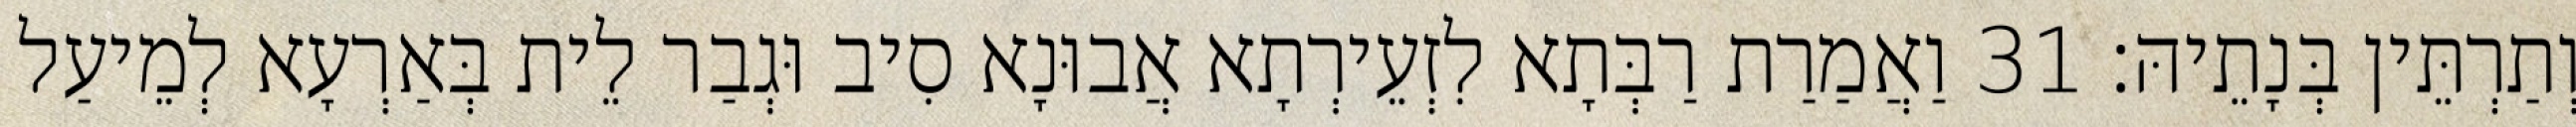
וְתַרְתֵּין בְּנָתֵיהּ׃ 31 וַאֲמַרַת רַבְּתָא לִזְעֵירְתָא אֲבוּנָא סִיב וּגְבַר לֵית בְּאַרְעָא לְמֵיעַל